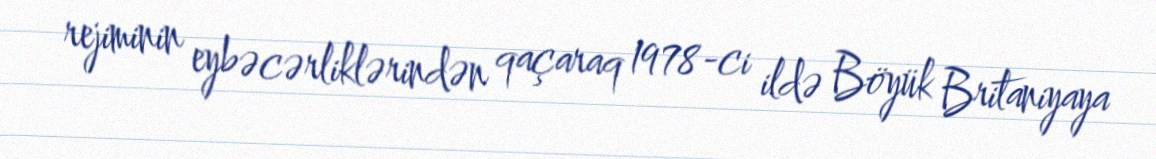
rejiminin eybəcərliklərindən qaçaraq 1978-ci ildə Böyük Britaniyaya